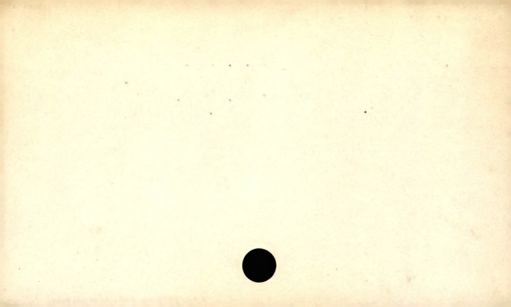
Label: blank